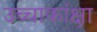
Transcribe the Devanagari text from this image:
उच्चाकांक्षा